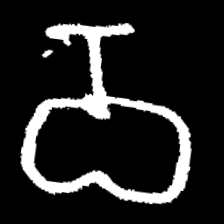
Pyu character \u2014 Myanmar letter: ဝ (romanized: wa)